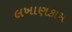
લખાણકામ